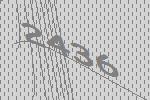
2436